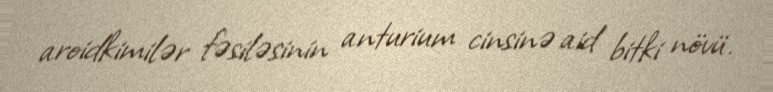
aroidkimilər fəsiləsinin anturium cinsinə aid bitki növü.